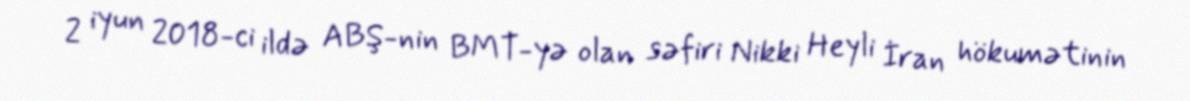
2 iyun 2018-ci ildə ABŞ-nin BMT-yə olan səfiri Nikki Heyli İran hökumətinin